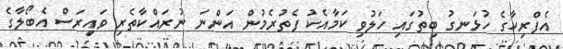
އެފްރިކާގެ ހުޅަނގު ބިތުގައި ހަލުވި ކަމާއެކު ފެތުރެމުން އަންނަ ނުރައްކާތެރި ވައިރަސް އެބޯލާގެ